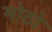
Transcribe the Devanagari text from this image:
मोठो